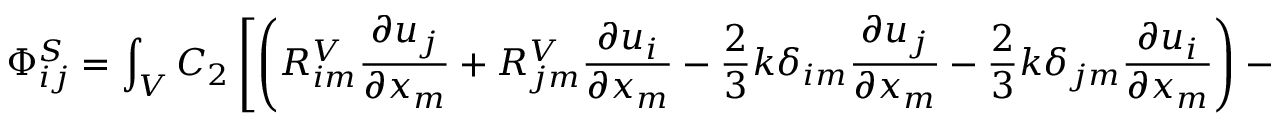
\Phi _ { i j } ^ { S } = \int _ { V } C _ { 2 } \left[ \left( R _ { i m } ^ { V } \frac { \partial u _ { j } } { \partial x _ { m } } + R _ { j m } ^ { V } \frac { \partial u _ { i } } { \partial x _ { m } } - \frac { 2 } { 3 } k \delta _ { i m } \frac { \partial u _ { j } } { \partial x _ { m } } - \frac { 2 } { 3 } k \delta _ { j m } \frac { \partial u _ { i } } { \partial x _ { m } } \right) - \frac { 2 } { 3 } \delta _ { i j } R _ { r s } ^ { V } \frac { \partial u _ { r } } { \partial x _ { s } } \right] d V ,